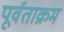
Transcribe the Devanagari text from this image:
पूर्वताक्रम